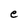
Character: e